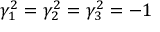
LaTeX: \gamma _ { 1 } ^ { 2 } = \gamma _ { 2 } ^ { 2 } = \gamma _ { 3 } ^ { 2 } = { - 1 }